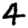
Digit: 4